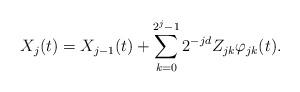
LaTeX: \begin{align*}X_j(t)=X_{j-1}(t)+\sum_{k=0}^{2^{j}-1}2^{-jd}Z_{jk}\varphi_{jk}(t).\end{align*}